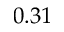
0 . 3 1